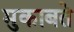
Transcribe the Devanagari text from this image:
मुकाबते